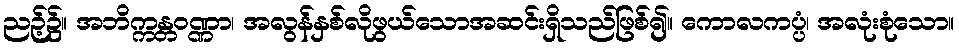
ညဉ့်၌။ အဘိက္ကန္တဝဏ္ဏာ၊ အလွန်နှစ်လိုဖွယ်သောအဆင်းရှိသည်ဖြစ်၍။ ကောလကပ္ပံ၊ အလုံးစုံသော။